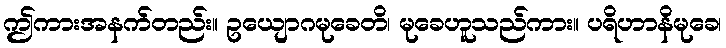
ဤကားအနက်တည်း။ ဥယျောဂမုခေတိ၊ မုခေဟူသည်ကား။ ပရိဟာနိမုခေ၊